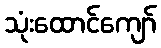
သုံးထောင်ကျော်